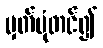
မှတ်ပုံတင်၍